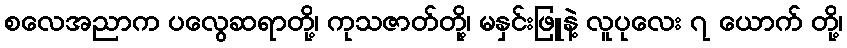
စလေအညာက ပလွေဆရာတို့၊ ကုသဇာတ်တို့၊ မနှင်းဖြူနဲ့ လူပုလေး ၇ ယောက် တို့၊